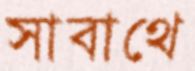
সাবাথে